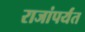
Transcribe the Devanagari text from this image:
राजांपर्यंत